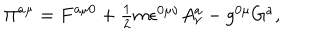
LaTeX: \Pi ^ { a \mu } = F ^ { a \mu 0 } + \textstyle { \frac { 1 } { 2 } } m \epsilon ^ { 0 \mu \nu } A _ { \nu } ^ { a } - g ^ { 0 \mu } G ^ { a } ,